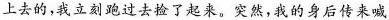
上去的，我立刻跑过去捡了起来。突然，我的身后传来喊